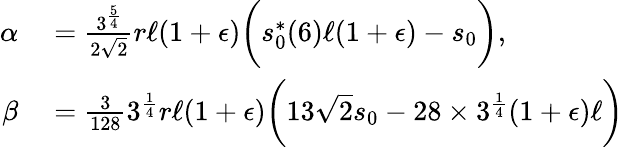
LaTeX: \begin{array}{rl}{\alpha}&{{}=\frac{3^{\frac{5}{4}}}{2\sqrt{2}}r\ell(1+\epsilon)\bigg(s_{0}^{*}(6)\ell(1+\epsilon)-s_{0}\bigg),}\\ {\beta}&{{}=\frac{3}{128}3^{\frac{1}{4}}r\ell(1+\epsilon)\bigg(13\sqrt{2}s_{0}-28\times 3^{\frac{1}{4}}(1+\epsilon)\ell\bigg)}\end{array}